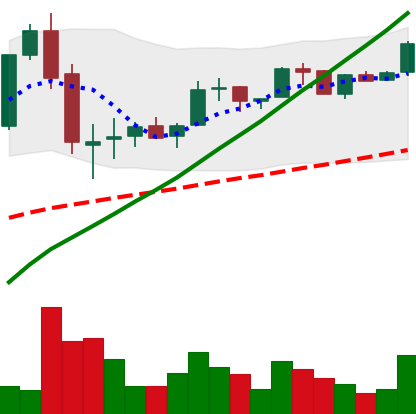
Ticker: LTC-USD
Chart end date: 2017-06-11
Forward return: 7.479%
Label: up_7plus